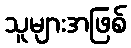
သူများအဖြစ်